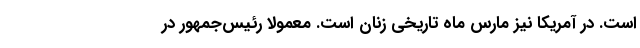
است. در آمریکا نیز مارس ماه تاریخی زنان است. معمولا رئیس‌جمهور در